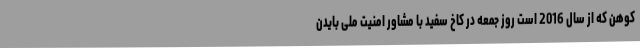
کوهن که از سال 2016 است روز جمعه در کاخ سفید با مشاور امنیت ملی بایدن